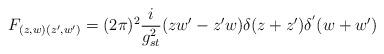
LaTeX: \begin{align*}F_{(z,w)(z',w')}=(2\pi)^{2}\frac{i}{g_{st}^{2}}(zw'-z'w) \delta (z+z') \delta^{'} (w+w')\end{align*}